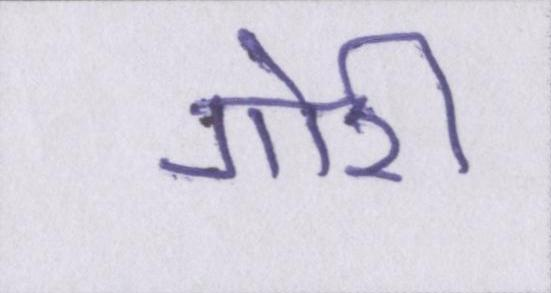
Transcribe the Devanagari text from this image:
गोरी